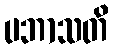
ပဘာသတိ